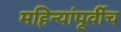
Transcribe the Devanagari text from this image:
महिन्यांपूर्वीच